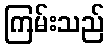
ကြမ်းသည်